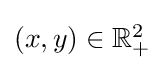
\textstyle (x,y)\in \mathbb {R} _{+}^{2}